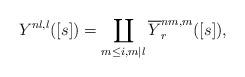
LaTeX: \begin{align*}Y^{nl,l}([s]) = \coprod_{m \leq i,m | l}\overline{Y}^{nm,m}_r([s]),\end{align*}